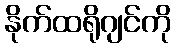
နိုက်ထရိုဂျင်ကို